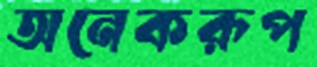
অনেকরূপ